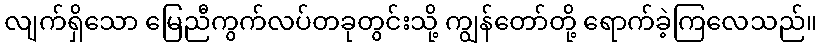
လျက်ရှိသော မြေညီကွက်လပ်တခုတွင်းသို့ ကျွန်တော်တို့ ရောက်ခဲ့ကြလေသည်။